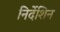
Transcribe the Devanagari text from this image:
निर्देशिन